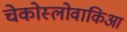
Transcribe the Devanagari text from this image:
चेकोस्लोवाकिआ